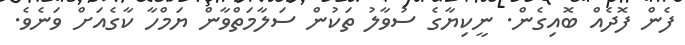
ފެން ފޮދެއް ބޮއިގެން. ނީކިޔާގެ ސުވާލު ތަކުން ސަލާމަތްވާން ޔަމްހާ ކާގެއަށް ވަނެވެ.